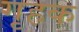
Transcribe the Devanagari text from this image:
गृहक